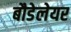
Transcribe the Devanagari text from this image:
बौडेलेयर